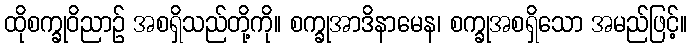
ထိုစက္ခုဝိညာဉ် အစရှိသည်တို့ကို။ စက္ခုအာဒိနာမေန၊ စက္ခုအစရှိသော အမည်ဖြင့်။